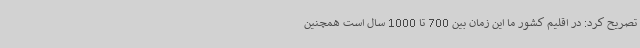
تصریح کرد: در اقلیم کشور ما این زمان بین 700 تا 1000 سال است همچنین